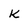
Character: k